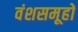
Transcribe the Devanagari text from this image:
वंशसमूहों